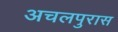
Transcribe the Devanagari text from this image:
अचलपुरास